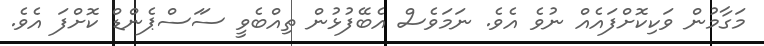
މަގާމުން ވަކިކޮށްފައެއް ނުވެ އެވެ. ނަމަވެސް އެބޭފުޅުން ތިއްބެވީ ސަަސްޕެންޑް ކޮށްފަ އެވެ.